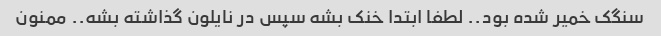
سنگک خمیر شده بود.. لطفا ابتدا خنک بشه سپس در نایلون گذاشته بشه.. ممنون